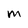
Character: M